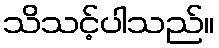
သိသင့်ပါသည်။